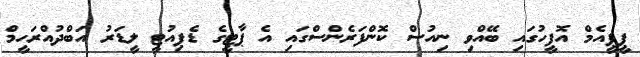
ޕީޕީއެމް އޮފީހުގައި ބޭއްވި ނިއުސް ކޮންފަރެންސްގައި އެ ޕާޓީގެ ޑެޕިއުޓީ ލީޑަރު އަބްދުއްރަހީމް